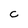
Character: C